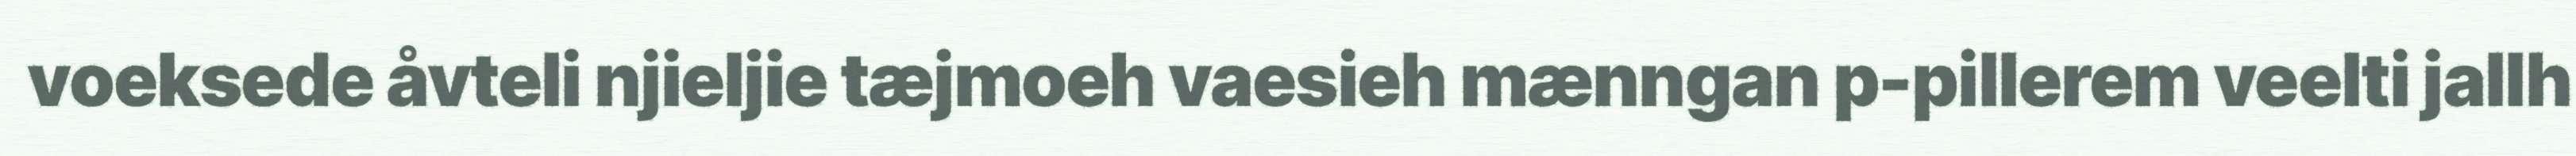
voeksede åvteli njieljie tæjmoeh vaesieh mænngan p-pillerem veelti jallh